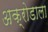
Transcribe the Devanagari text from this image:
अक्रोडाला